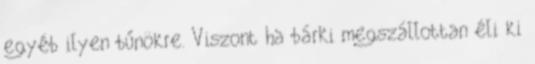
egyéb ilyen bűnökre. Viszont ha bárki megszállottan éli ki